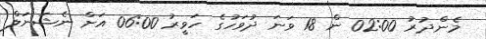
މެންދުރު 02:00 ން 18 ވަނަ ދުވަހުގެ ހަވީރު 06:00 އަށް ނެޝަނަލް